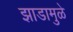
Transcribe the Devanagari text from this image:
झाडामुळे